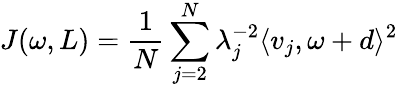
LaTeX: J(\omega,L)=\frac{1}{N}\sum_{j=2}^{N}\lambda_{j}^{-2}\langle v_{j},\omega+d\rangle^{2}